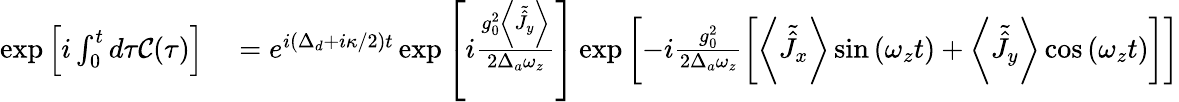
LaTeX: \begin{array}{rl}{\exp\left[i\int_{0}^{t}d\tau\mathcal{C}(\tau)\right]}&{{}=e^{i\left(\Delta_{d}+i\kappa/2\right)t}\exp\left[i\frac{g_{0}^{2}\left\langle\tilde{\hat{J}}_{y}\right\rangle}{2\Delta_{a}\omega_{z}}\right]\exp\left[-i\frac{g_{0}^{2}}{2\Delta_{a}\omega_{z}}\left[\left\langle\tilde{\hat{J}}_{x}\right\rangle\sin\left(\omega_{z}t\right)+\left\langle\tilde{\hat{J}}_{y}\right\rangle\cos\left(\omega_{z}t\right)\right]\right]}\end{array}